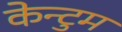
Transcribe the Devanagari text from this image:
केन्टुम